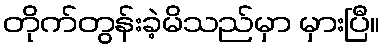
တိုက်တွန်းခဲ့မိသည်မှာ မှားပြီ။